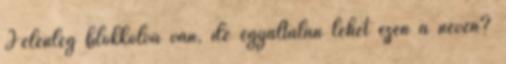
Jelenleg blokkolva van, de egyáltalán lehet ezen a néven?